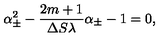
\alpha _ { \pm } ^ { 2 } - \frac { 2 m + 1 } { \Delta S \lambda } \alpha _ { \pm } - 1 = 0 ,